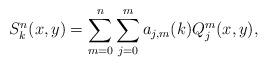
LaTeX: \begin{align*} S_k^n (x,y) = \sum_{m=0}^n \sum_{j=0}^m a_{j,m}(k) Q_j^m (x,y),\end{align*}